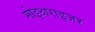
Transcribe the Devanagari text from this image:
मोइश्चराइजर